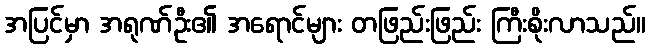
အပြင်မှာ အရုဏ်ဦး၏ အရောင်များ တဖြည်းဖြည်း ကြီးစိုးလာသည်။